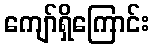
ကျော်ရှိကြောင်း